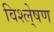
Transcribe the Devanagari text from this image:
विश्ले्षण